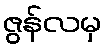
ဇွန်လမှ